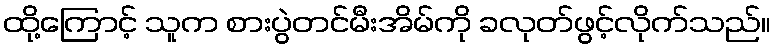
ထို့ကြောင့် သူက စားပွဲတင်မီးအိမ်ကို ခလုတ်ဖွင့်လိုက်သည်။